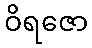
ဝိရဇော